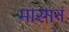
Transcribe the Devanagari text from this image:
मारगन